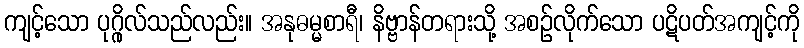
ကျင့်သော ပုဂ္ဂိုလ်သည်လည်း။ အနုဓမ္မစာရီ၊ နိဗ္ဗာန်တရားသို့ အစဉ်လိုက်သော ပဋိပတ်အကျင့်ကို